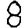
Digit: 8